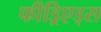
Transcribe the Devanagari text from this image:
फीड्रिएड्स